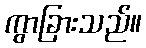
ကွာခြားသည်။